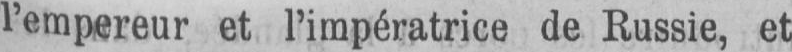
l’empereur et l’impératrice de Russie, et